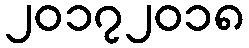
၂၀၁၇၂၀၁၈